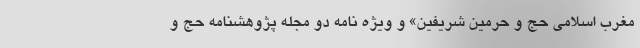
مغرب اسلامی حج و حرمین شریفین» و ویژه نامه دو مجله پژوهشنامه حج و